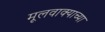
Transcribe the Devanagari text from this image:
मूलवाक्याच्या